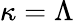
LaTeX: \kappa=\Lambda